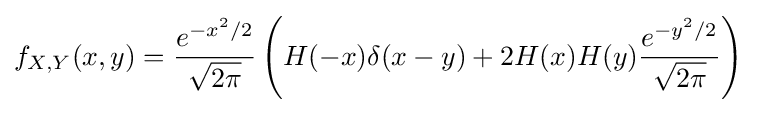
f_{X,Y}(x,y)={\frac {e^{-x^{2}/2}}{\sqrt {2\pi }}}\left(H(-x)\delta (x-y)+2H(x)H(y){\frac {e^{-y^{2}/2}}{\sqrt {2\pi }}}\right)